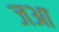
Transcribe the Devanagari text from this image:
जआ